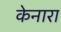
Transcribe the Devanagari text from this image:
केनारा